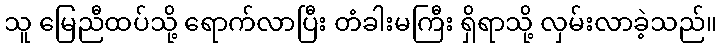
သူ မြေညီထပ်သို့ ရောက်လာပြီး တံခါးမကြီး ရှိရာသို့ လှမ်းလာခဲ့သည်။